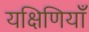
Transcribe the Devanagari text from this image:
यक्षिणियाँ